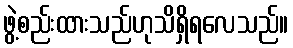
ဖွဲ့စည်းထားသည်ဟုသိရှိရလေသည်။